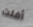
أفلت